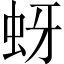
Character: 蚜